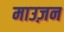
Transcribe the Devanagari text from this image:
माउज़न